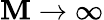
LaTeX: \mathbf{M}\to\infty